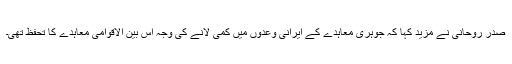
صدر روحانی نے مزید کہا کہ جوہری معاہدے کے ایرانی وعدوں میں کمی لانے کی وجہ اس بین الاقوامی معاہدے کا تحفظ تھی۔